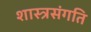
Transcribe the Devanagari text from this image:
शास्त्रसंगति